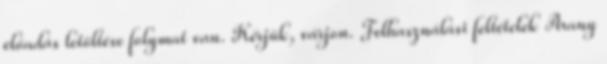
előadás letöltése folymat van. Kérjük, várjon. Felhasználási feltételek Arany